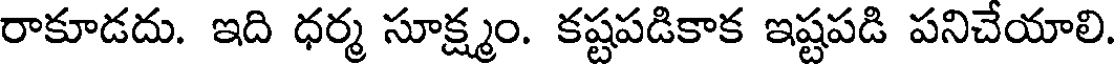
రాకూడదు. ఇది ధర్మ సూక్ష్మం. కష్టపడికాక ఇష్టపడి పనిచేయాలి.